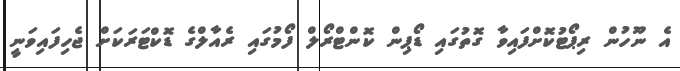
އެ ނޫހުން ރިޕޯޓުކޮށްފައިވާ ގޮތުގައި ޑޯޕިން ކޮންޓްރޯލް ފޯމުގައި ރެއާލްގެ ޑޮކްޓަރަކަށް ޖެހިފައިވަނީ